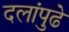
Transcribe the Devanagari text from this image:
दलांपुढे